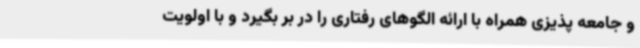
و جامعه پذیزی همراه با ارائه الگوهای رفتاری را در بر بگیرد و با اولویت